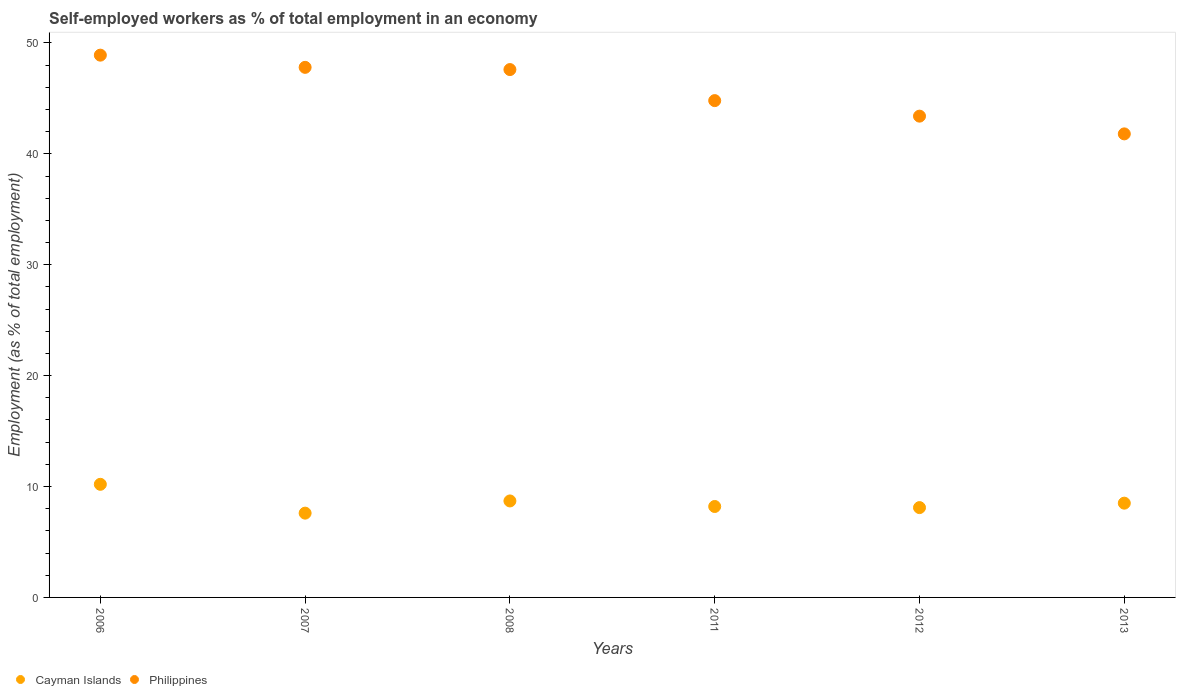
| Years | Cayman Islands | Philippines |
 | --- | --- | --- |
 | 2006 | 10.2 | 48.9 |
 | 2007 | 7.6 | 47.8 |
 | 2008 | 8.7 | 47.6 |
 | 2011 | 8.2 | 44.8 |
 | 2012 | 8.1 | 43.4 |
 | 2013 | 8.5 | 41.8 |